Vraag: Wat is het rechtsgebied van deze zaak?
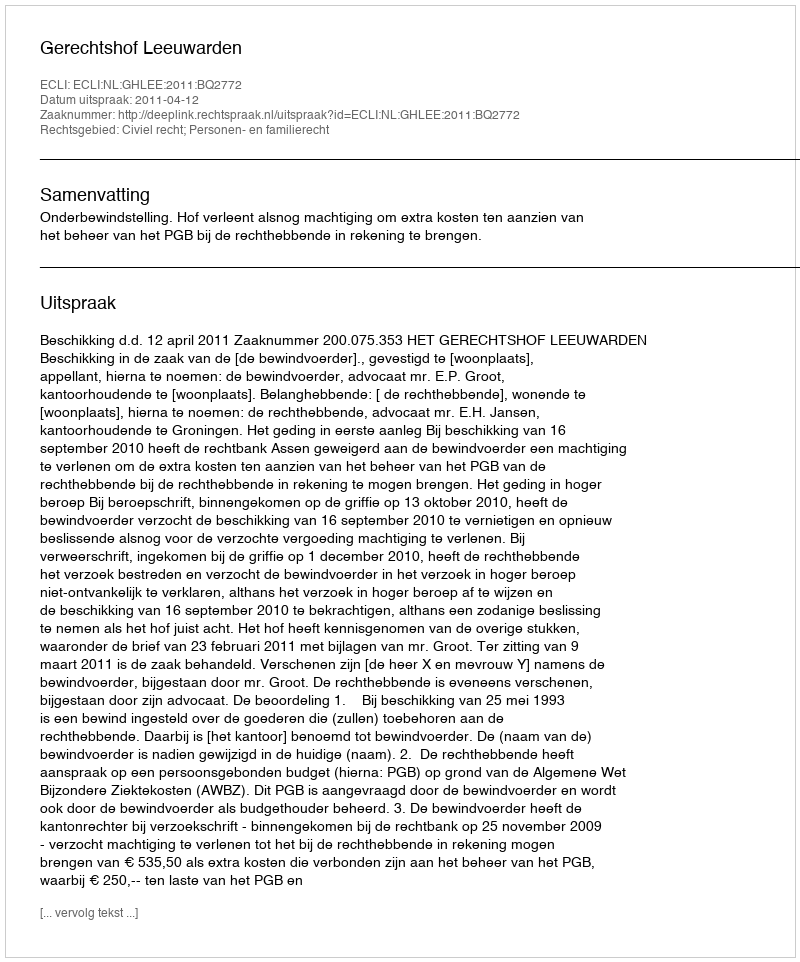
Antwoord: Civiel recht; Personen- en familierecht